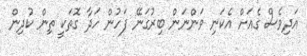
އަދިވެސް ގެއަށް އެކަނި ވަންނަން ބިރުގަނޭ ފަހުން ހަދާ ގޮތަކީ ތިން ކުދިން